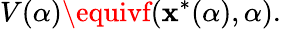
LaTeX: V(\alpha)\equivf(\mathbf{x}^{\ast}(\alpha),\alpha).